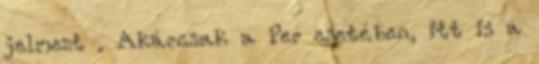
jelmezt . Akárcsak a Per esetében, itt is a